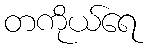
တကိုယ်ရေ